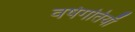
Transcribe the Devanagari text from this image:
वर्षगतियाँ